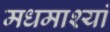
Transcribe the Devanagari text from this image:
मधमाश्यां